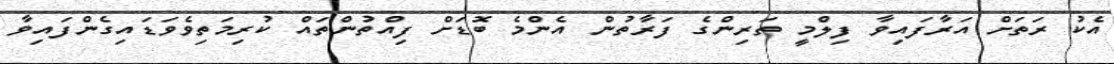
އެކު ރަތަށް އަރާފައިވާ ފިލްމީ ތަރިންގެ ފަރާތުން އެންމެ ބޮޑަށް ފިއްތުންތައް ކުރިމަތިވެވަޑައިގެންފައިވާ